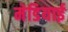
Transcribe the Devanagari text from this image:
मेडियाई